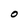
Character: O